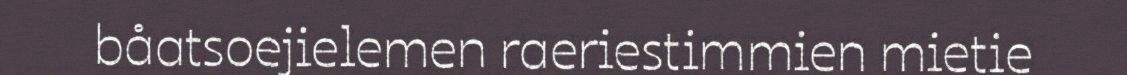
båatsoejielemen raeriestimmien mietie